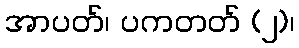
အာပတ်၊ ပကတတ် (၂)၊